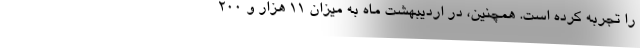
را تجربه کرده است. همچنین، در اردیبهشت ماه به میزان ۱۱ هزار و ۲۰۰